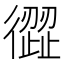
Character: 𢕬